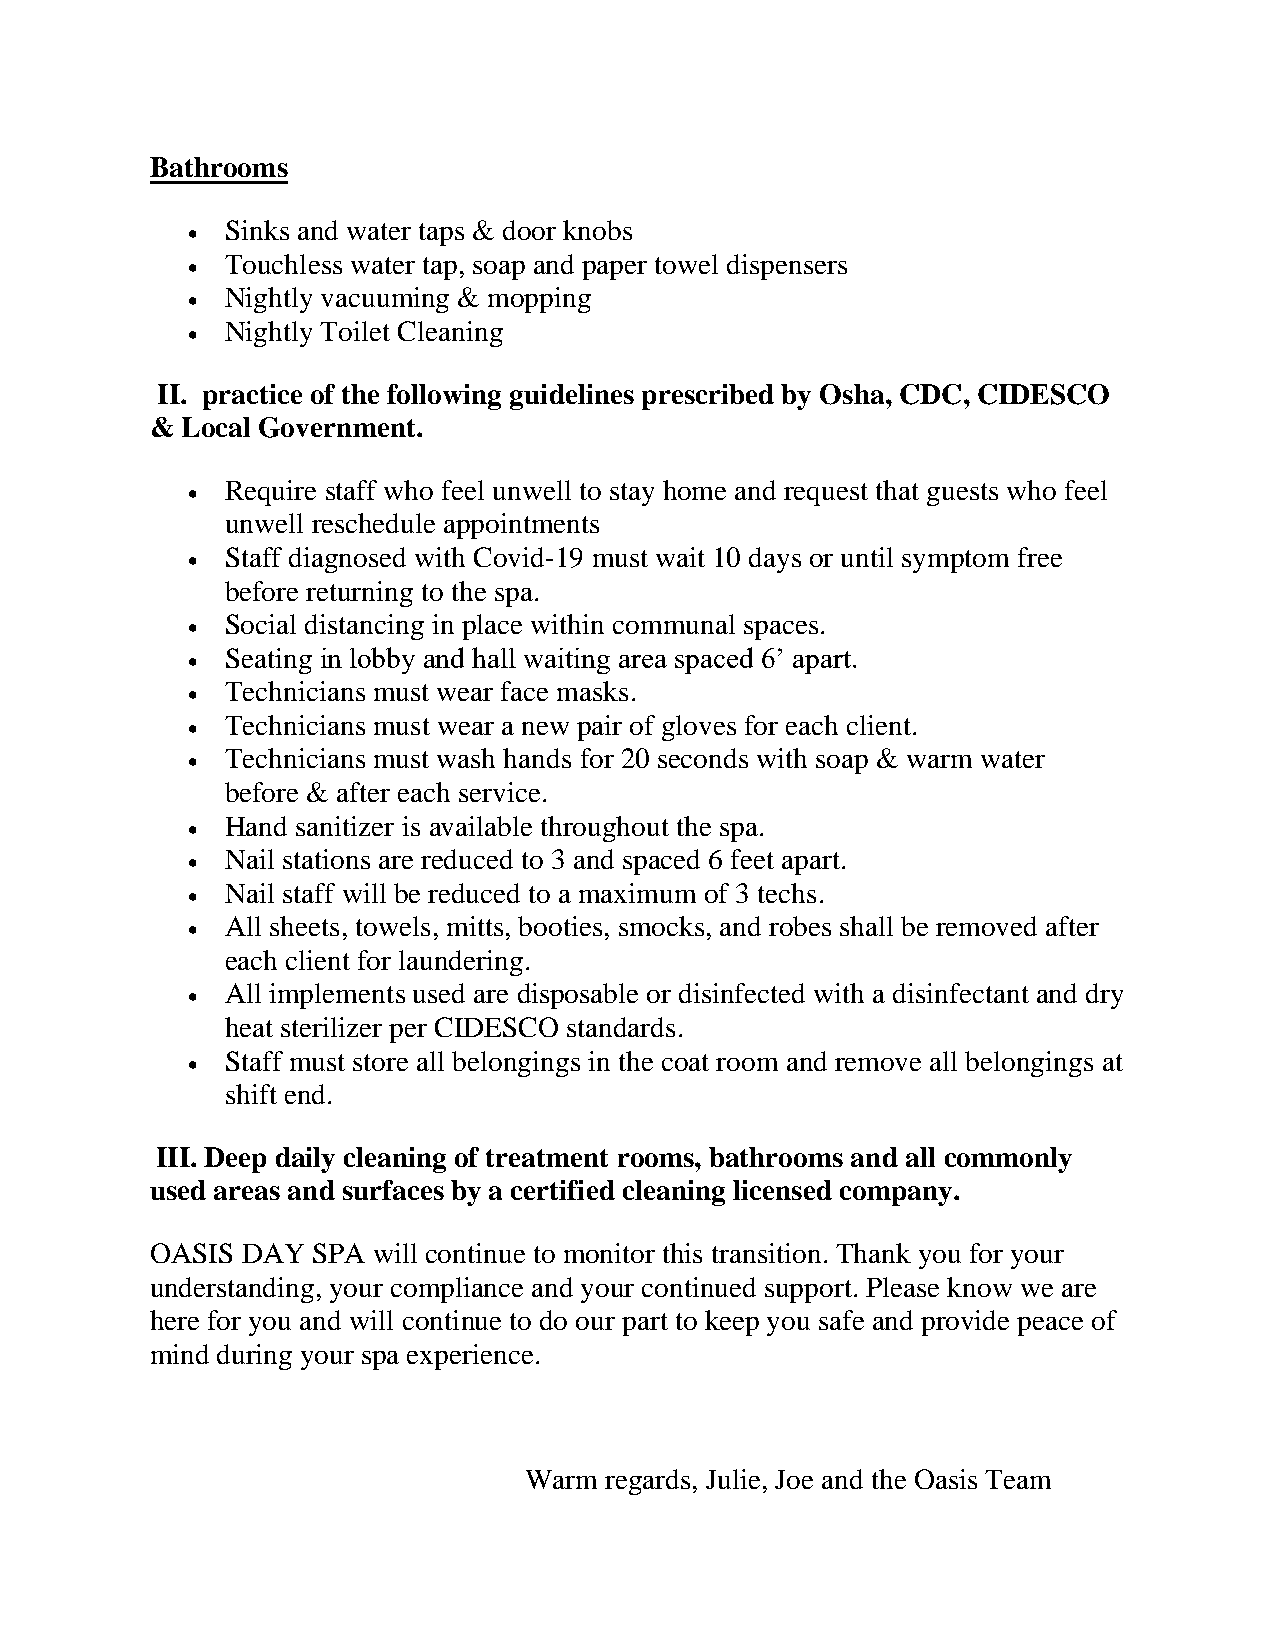
Bathrooms
 Sinks and water taps & door knobs
 •
 Touchless water tap, soap and paper towel dispensers
 •
 Nightly vacuuming & mopping
 •
 Nightly Toilet Cleaning
 •
 II. practice of the following guidelines prescribed by Osha, CDC, CIDESCO
 & Local Government.
 Require staff who feel unwell to stay home and request that guests who feel
 •
 unwell reschedule appointments
 Staff diagnosed with Covid-19 must wait 10 days or until symptom free
 •
 before returning to the spa.
 Social distancing in place within communal spaces.
 •
 Seating in lobby and hall waiting area spaced 6’ apart.
 •
 Technicians must wear face masks.
 •
 Technicians must wear a new pair of gloves for each client.
 •
 Technicians must wash hands for 20 seconds with soap & warm water
 •
 before & after each service.
 Hand sanitizer is available throughout the spa.
 •
 Nail stations are reduced to 3 and spaced 6 feet apart.
 •
 Nail staff will be reduced to a maximum of 3 techs.
 •
 All sheets, towels, mitts, booties, smocks, and robes shall be removed after
 •
 each client for laundering.
 All implements used are disposable or disinfected with a disinfectant and dry
 •
 heat sterilizer per CIDESCO standards.
 Staff must store all belongings in the coat room and remove all belongings at
 •
 shift end.
 III. Deep daily cleaning of treatment rooms, bathrooms and all commonly
 used areas and surfaces by a certified cleaning licensed company.
 OASIS DAY  SPA will continue to monitor this transition. Thank you for your
 understanding, your compliance and your continued support. Please know we are
 here for you and will continue to do our part to keep you safe and provide peace of
 mind during your spa experience.
 Warm regards, Julie, Joe and the Oasis Team